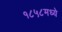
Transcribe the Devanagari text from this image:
१८५८मध्ये